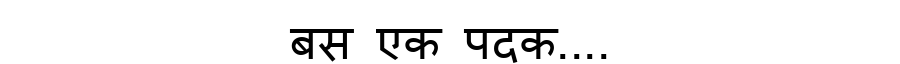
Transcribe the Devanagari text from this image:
बस एक पदक....